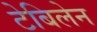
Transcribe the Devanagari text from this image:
टेबिलेन